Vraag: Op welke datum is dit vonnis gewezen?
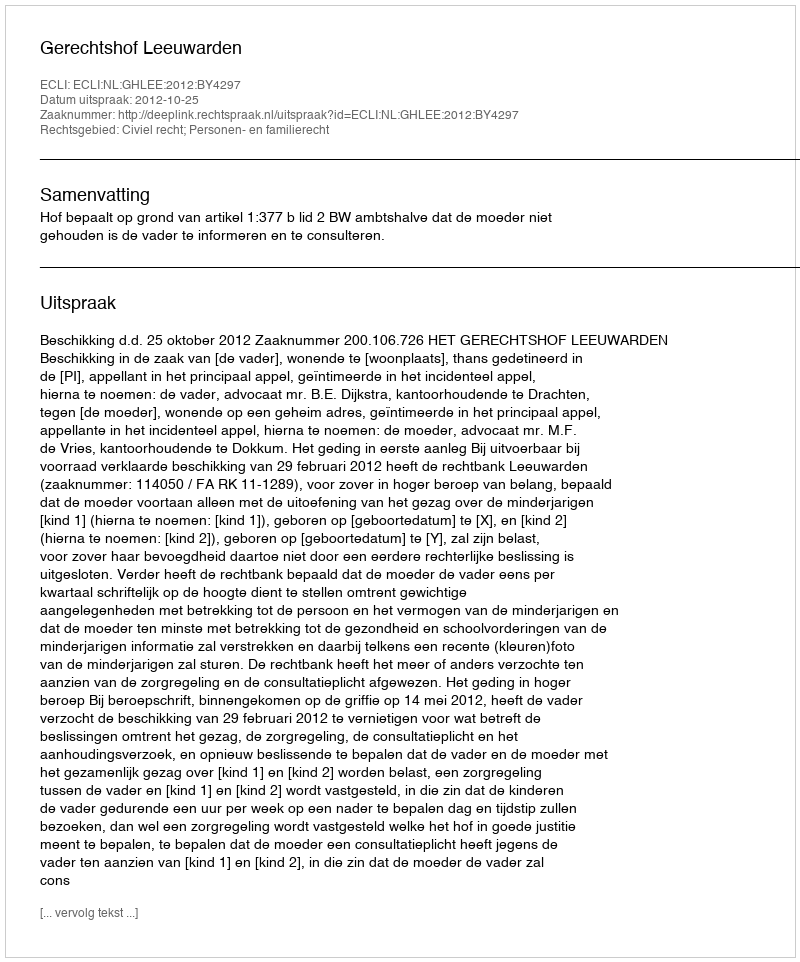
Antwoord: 2012-10-25